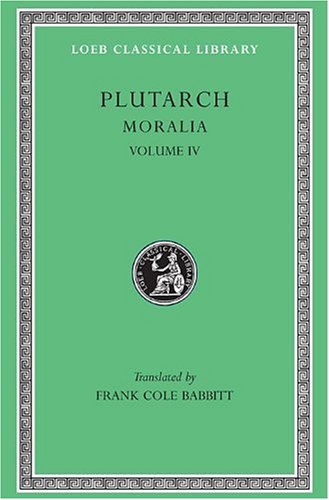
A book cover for Plutarch: Moralia, Volume IV, Roman Questions. Greek Questions. Greek and Roman Parallel Stories. On the Fortune of the Romans. On the Fortune or the ... in Wisdom? (Loeb Classical Library No. 305); Plutarch; Literature & Fiction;